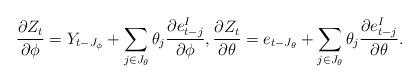
LaTeX: \begin{align*}\frac{\partial Z_{t}}{\partial\phi}= Y_{t-J_\phi} +\sum_{j\in J_\theta}\theta_{j}\frac{\partial e_{t-j}^I}{\partial\phi}, \frac{\partial Z_{t}}{\partial\theta}= e_{t-J_\theta} +\sum_{j\in J_\theta}\theta_{j}\frac{\partial e_{t-j}^I}{\partial\theta}.\end{align*}